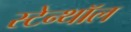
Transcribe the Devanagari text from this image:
स्टेन्थॉल